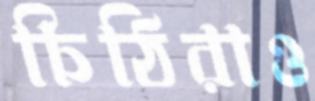
চিঠিরাও